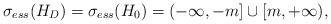
LaTeX: \begin{align*}\sigma_{ess}(H_D)=\sigma_{ess}(H_0)=(-\infty,-m]\cup[m,+\infty),\end{align*}